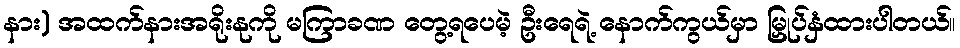
နား) အထက်နားအရိုးနုကို မကြာခဏ တွေ့ရပေမဲ့ ဦးရေရဲ့ နောက်ကွယ်မှာ မြှုပ်နှံထားပါတယ်။